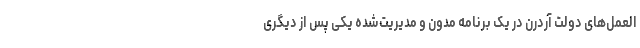
العمل‌های دولت آردرن در یک برنامه مدون و مدیریت‌شده یکی پس از دیگری